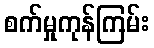
စက်မှုကုန်ကြမ်း